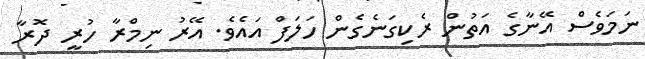
ނަމަވެސް އޭނާގެ އަތުން ރެކިގަނެގެން ހަލަފް އައެވެ. އޭރު ނިމްރާ ހުރީ ދޮރާ